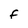
Character: F